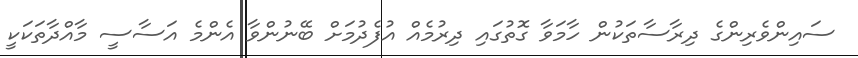
ސައިންވެރިންގެ ދިރާސާތަކުން ހާމަވާ ގޮތުގައި ދިރުމެއް އުފެދުމަށް ބޭނުންވާ އެންމެ އަސާސީ މާއްދާތަކަކީ